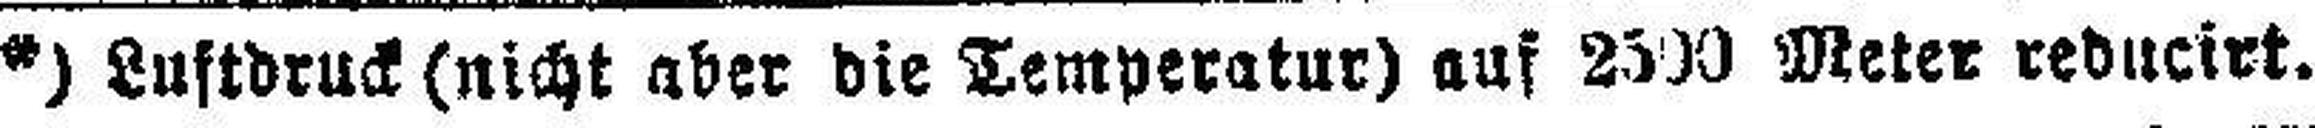
*) Luftdruck (nicht aber die Temperatur) auf 2500 Meter reducirt.